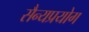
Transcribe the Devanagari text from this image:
सैन्यप्रयोग